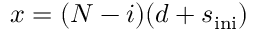
x = ( N - i ) ( d + s _ { \mathrm { i n i } } )